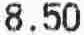
8.50